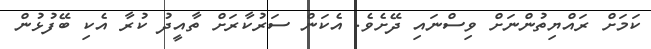
ކަމަށް ރައްޔިތުންނަށް ވިސްނައި ދޭށެވެ. އެކަން ސަރުކާރަށް ތާއީދު ކުރާ އެކި ބޭފުޅުން